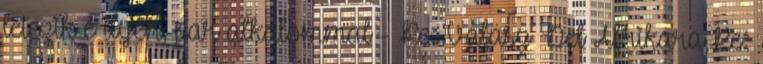
letezik-e ilyen, par alkalommal - Re: Valasz Del Afrikara,Re: